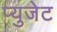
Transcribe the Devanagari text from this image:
प्युजेट